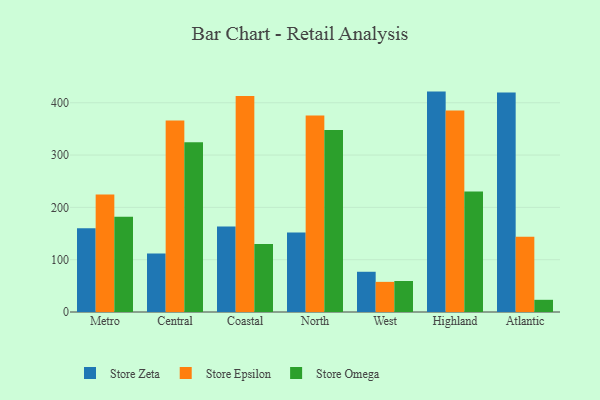
{"axis": {"x": "Region", "y": "Revenue (USD Million)"}, "legend": ["Store Epsilon", "Store Omega", "Store Zeta"], "data": [{"x": "Metro", "y": 160.0, "type": "Store Zeta"}, {"x": "Metro", "y": 224.5, "type": "Store Epsilon"}, {"x": "Metro", "y": 182.3, "type": "Store Omega"}, {"x": "Central", "y": 111.8, "type": "Store Zeta"}, {"x": "Central", "y": 366.2, "type": "Store Epsilon"}, {"x": "Central", "y": 324.6, "type": "Store Omega"}, {"x": "Coastal", "y": 163.5, "type": "Store Zeta"}, {"x": "Coastal", "y": 412.8, "type": "Store Epsilon"}, {"x": "Coastal", "y": 129.8, "type": "Store Omega"}, {"x": "North", "y": 152.0, "type": "Store Zeta"}, {"x": "North", "y": 375.6, "type": "Store Epsilon"}, {"x": "North", "y": 348.1, "type": "Store Omega"}, {"x": "West", "y": 76.9, "type": "Store Zeta"}, {"x": "West", "y": 57.6, "type": "Store Epsilon"}, {"x": "West", "y": 59.3, "type": "Store Omega"}, {"x": "Highland", "y": 421.3, "type": "Store Zeta"}, {"x": "Highland", "y": 385.1, "type": "Store Epsilon"}, {"x": "Highland", "y": 230.2, "type": "Store Omega"}, {"x": "Atlantic", "y": 419.4, "type": "Store Zeta"}, {"x": "Atlantic", "y": 143.8, "type": "Store Epsilon"}, {"x": "Atlantic", "y": 23.3, "type": "Store Omega"}]}